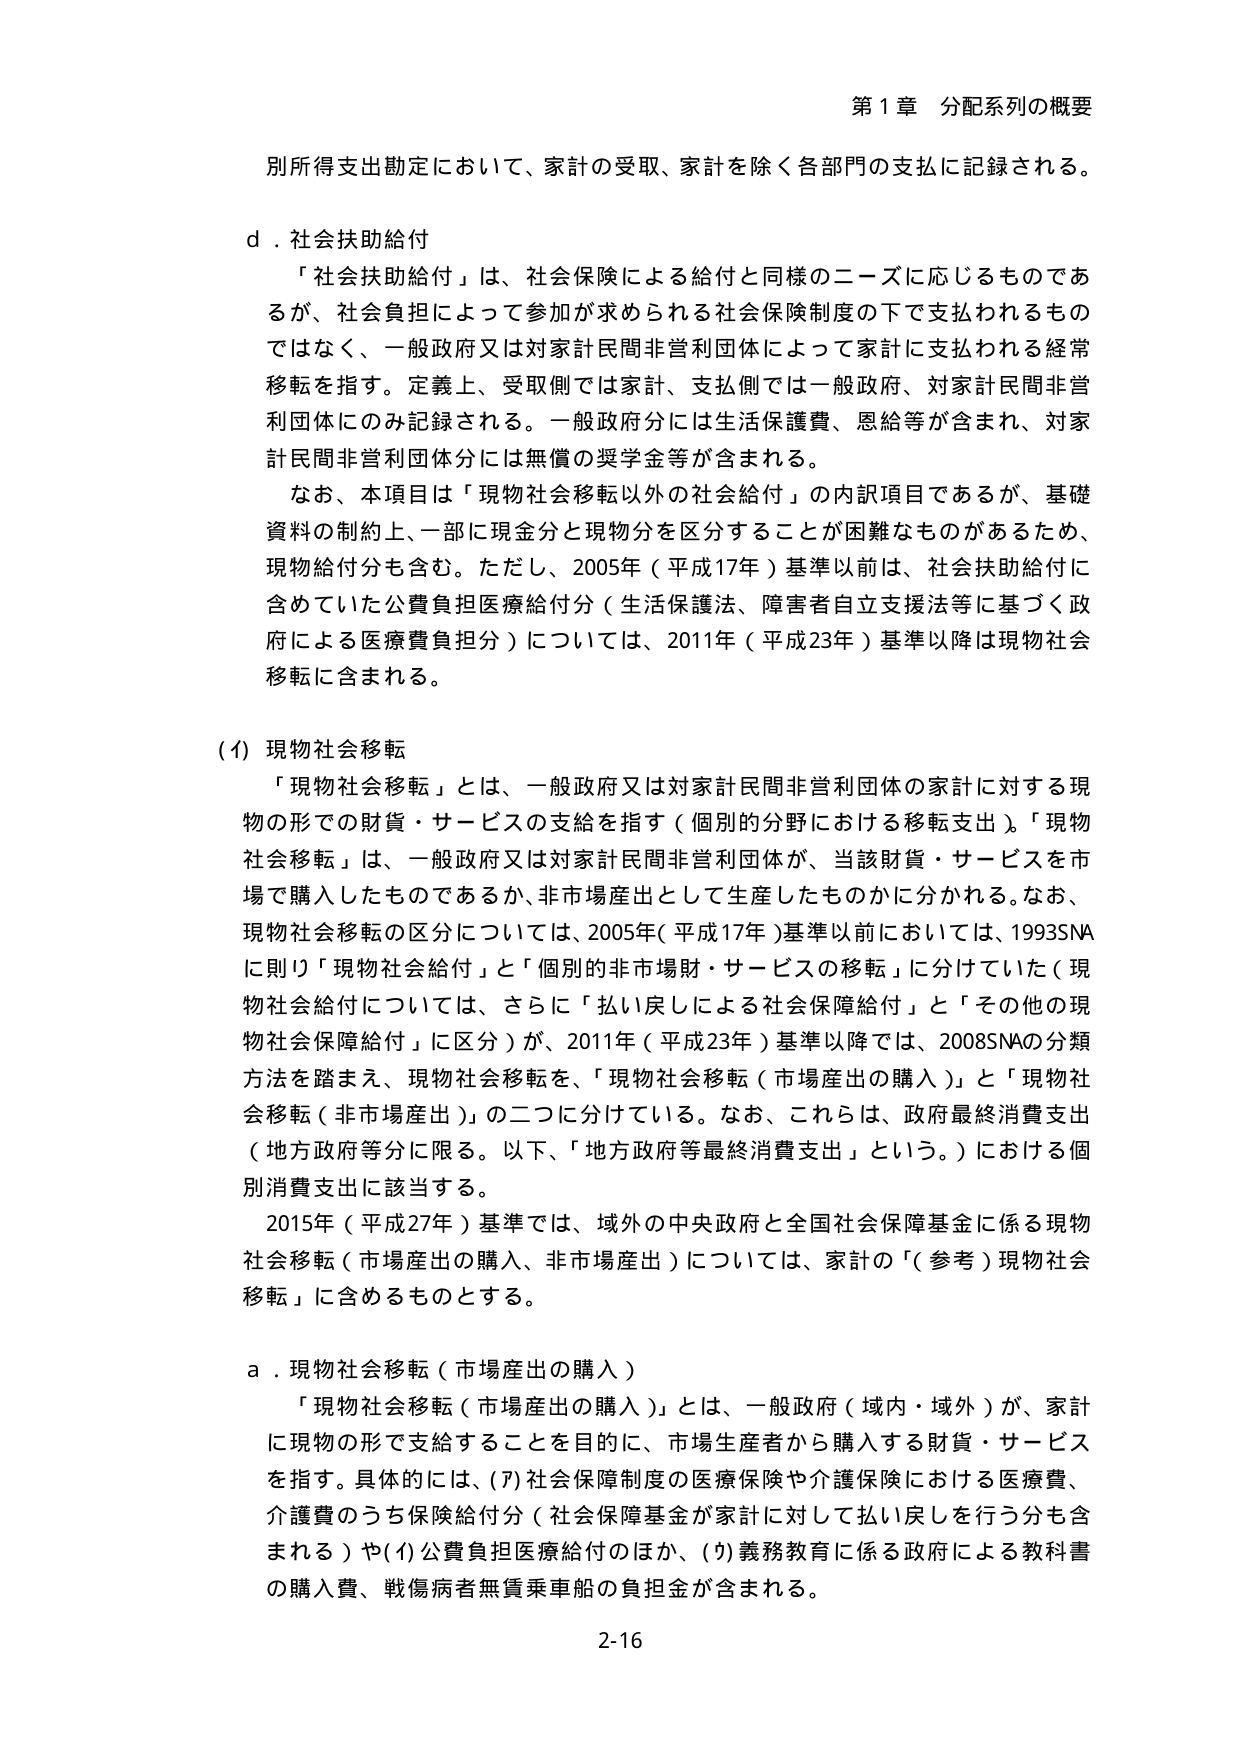
第1章 分配系列の概要

別所得支出勘定において、家計の受取、家計を除く各部門の支払に記録される。

d．社会扶助給付
「社会扶助給付」は、社会保険による給付と同様のニーズに応じるものであるが、社会負担によって参加が求められる社会保険制度の下で支払われるものではなく、一般政府又は対家計民間非営利団体によって家計に支払われる経常移転を指す。定義上、受取側では家計、支払側では一般政府、対家計民間非営利団体にのみ記録される。一般政府分には生活保護費、恩給等が含まれ、対家計民間非営利団体分には無償の奨学金等が含まれる。
なお、本項目は「現物社会移転以外の社会給付」の内訳項目であるが、基礎資料の制約上、一部に現金分と現物分を区分することが困難なものがあるため、現物給付分も含む。ただし、2005年（平成17年）基準以前は、社会扶助給付に含めていた公費負担医療給付分（生活保護法、障害者自立支援法等に基づく政府による医療費負担分）については、2011年（平成23年）基準以降は現物社会移転に含まれる。

(1) 現物社会移転
「現物社会移転」とは、一般政府又は対家計民間非営利団体の家計に対する現物の形での財貨・サービスの支給を指す（個別的分野における移転支出）。「現物社会移転」は、一般政府又は対家計民間非営利団体が、当該財貨・サービスを市場で購入したものであるか、非市場産出として生産したものかに分かれる。なお、現物社会移転の区分については、2005年（平成17年）基準以前においては、1993SNAに則り「現物社会給付」と「個別的非市場財・サービスの移転」に分けていた（現物社会給付については、さらに「払い戻しによる社会保障給付」と「その他の現物社会保障給付」に区分）が、2011年（平成23年）基準以降では、2008SNAの分類方法を踏まえ、現物社会移転を、「現物社会移転（市場産出の購入）」と「現物社会移転（非市場産出）」の二つに分けている。なお、これらは、政府最終消費支出（地方政府等分に限る。以下、「地方政府等最終消費支出」という。）における個別消費支出に該当する。
2015年（平成27年）基準では、域外の中央政府と全国社会保障基金に係る現物社会移転（市場産出の購入、非市場産出）については、家計の「（参考）現物社会移転」に含めるものとする。

a．現物社会移転（市場産出の購入）
「現物社会移転（市場産出の購入）」とは、一般政府（域内・域外）が、家計に現物の形で支給することを目的に、市場生産者から購入する財貨・サービスを指す。具体的には、(ｱ)社会保障制度の医療保険や介護保険における医療費、介護費のうち保険給付分（社会保障基金が家計に対して払い戻しを行う分も含まれる）や(ｲ)公費負担医療給付のほか、(ｳ)義務教育に係る政府による教科書の購入費、戦傷病者無賃乗車船の負担金が含まれる。

2-16